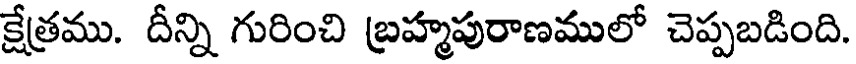
క్షేత్రము. దీన్ని గురించి బ్రహ్మపురాణములో చెప్పబడింది.